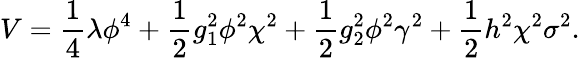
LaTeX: V={\frac{1}{4}}\lambda\phi^{4}+{\frac{1}{2}}g_{1}^{2}\phi^{2}\chi^{2}+{\frac{1}{2}}g_{2}^{2}\phi^{2}\gamma^{2}+{\frac{1}{2}}h^{2}\chi^{2}\sigma^{2}.